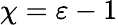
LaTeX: \chi=\varepsilon-1